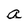
Character: a